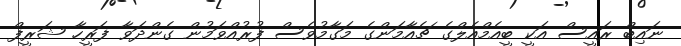
ނައިބް ރައީސް އަކީ ބީއެމްއެލްގެ ޗެއާމަންގެ މަގާމުވެސް ފުރުއްވަމުން ގެންދަވާ ފަރީހާ ޝަރީފް